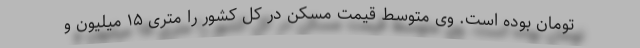
تومان بوده است. وی متوسط قیمت مسکن در کل کشور را متری ۱۵ میلیون و